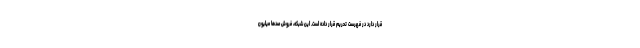
قرار دارد در فهرست تحریم قرار داده است. این شبکه، فروش صدها میلیون